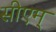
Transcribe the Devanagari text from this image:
सीएम्